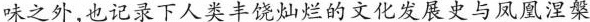
味之外，也记录下人类丰饶灿烂的文化发展史与凤凰涅槃